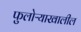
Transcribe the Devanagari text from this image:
फुलोऱ्याखालील